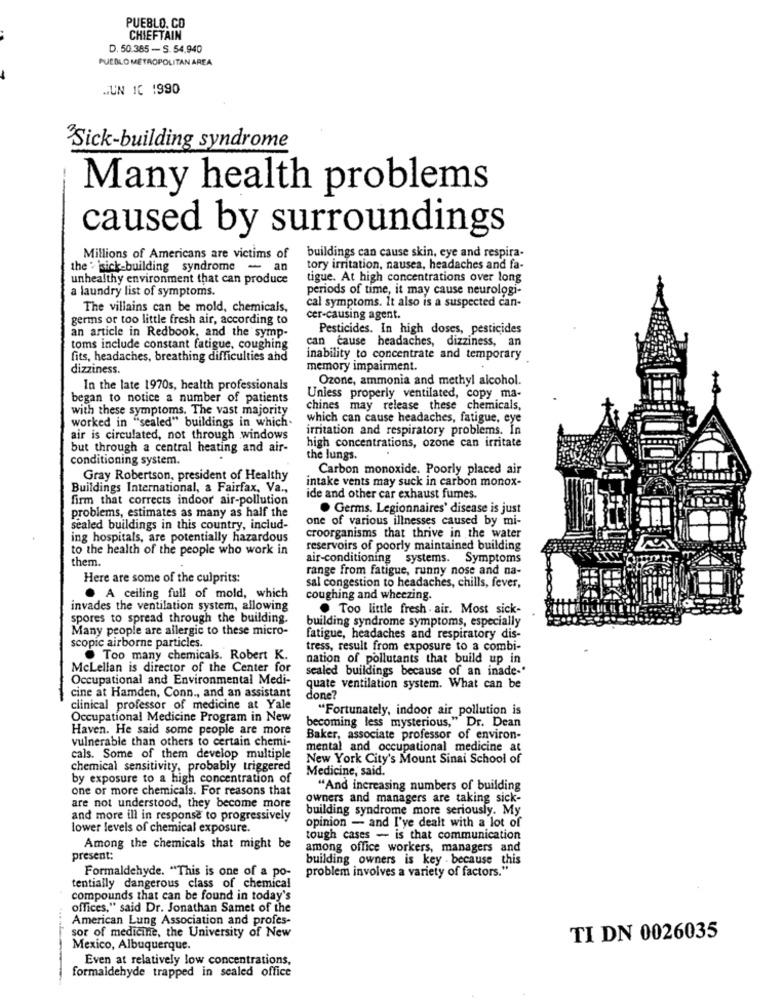
PUEBLO. CO
CHIEFTAIN
D. 50.385 - S. 54.940
PUEBLO METROPOLITAN AREA
JUN 1C 1990
Sick-building syndrome
Many health problems
caused by surroundings
Millions of Americans are victims of
buildings can cause skin, eye and respira-
the : sick-building syndrome - an
tory irritation, nausea, headaches and fa-
unhealthy environment that can produce
tigue. At high concentrations over long
a laundry list of symptoms.
periods of time, it may cause neurologi-
The villains can be mold, chemicals,
cal symptoms. It also is a suspected can-
germs or too little fresh air, according to
cer-causing agent.
Pesticides. In high doses, pesticides
an article in Redbook, and the symp-
toms include constant fatigue, coughing
can cause headaches, dizziness, an
fits, headaches, breathing difficulties and
inability to concentrate and temporary
dizziness.
memory impairment.
Ozone, ammonia and methyl alcohol.
In the late 1970s, health professionals
began to notice a number of patients
Unless properly ventilated, copy ma-
with these symptoms. The vast majority
chines may release these chemicals,
which can cause headaches, fatigue, eye
worked in "sealed" buildings in which.
irritation and respiratory problems. In
air is circulated, not through windows
but through a central heating and air-
high concentrations, ozone can irritate
conditioning system.
the lungs.
Carbon monoxide. Poorly placed air
Gray Robertson, president of Healthy
intake vents may suck in carbon monox-
Buildings International, a Fairfax, Va .,
firm that corrects indoor air-pollution
ide and other car exhaust fumes.
problems, estimates as many as half the
. Germs. Legionnaires' disease is just
one of various illnesses caused by mi-
sealed buildings in this country, includ-
croorganisms that thrive in the water
ing hospitals, are potentially hazardous
to the health of the people who work in
reservoirs of poorly maintained building
them.
air-conditioning systems. Symptoms
range from fatigue, runny nose and na-
Here are some of the culprits:
sal congestion to headaches, chills, fever,
. A ceiling full of mold, which
coughing and wheezing.
invades the ventilation system, allowing
. Too little fresh . air. Most sick-
spores to spread through the building.
building syndrome symptoms, especially
Many people are allergic to these micro-
fatigue, headaches and respiratory dis-
scopic airborne particles.
tress, result from exposure to a combi-
.Too many chemicals. Robert K.
nation of pollutants that build up in
Mclellan is director of the Center for
sealed buildings because of an inade-'
Occupational and Environmental Medi-
quate ventilation system. What can be
cine at Hamden, Conn ., and an assistant
done?
clinical professor of medicine at Yale
"Fortunately, indoor air pollution is
Occupational Medicine Program in New
becoming less mysterious," Dr. Dean
Haven. He said some people are more
vulnerable than others to certain chemi-
Baker, associate professor of environ-
mental and occupational medicine at
cals. Some of them develop multiple
New York City's Mount Sinai School of
chemical sensitivity, probably triggered
Medicine, said.
by exposure to a high concentration of
one or more chemicals. For reasons that
"And increasing numbers of building
owners and managers are taking sick-
are not understood, they become more
building syndrome more seriously. My
and more ill in response to progressively
opinion - and I'ye dealt with a lot of
lower levels of chemical exposure.
tough cases - is that communication
Among the chemicals that might be
among office workers, managers and
present:
building owners is key . because this
problem involves a variety of factors."
Formaldehyde. "This is one of a po-
tentially dangerous class of chemical
compounds that can be found in today's
offices," said Dr. Jonathan Samet of the
American Lung Association and profes-
sor of medicine, the University of New
TI DN 0026035
Mexico, Albuquerque.
Even at relatively low concentrations,
formaldehyde trapped in sealed office